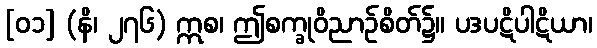
[၀၁] (နိ၊ ၂၇၆) ဣစ၊ ဤစက္ခုဝိညာဉ်စိတ်၌။ ပဒပဋိပါဋိယာ၊